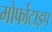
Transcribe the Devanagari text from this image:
मोर्फोटाइप